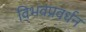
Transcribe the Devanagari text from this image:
विभवप्रवर्धन